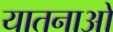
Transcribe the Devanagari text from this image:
यातनाआें